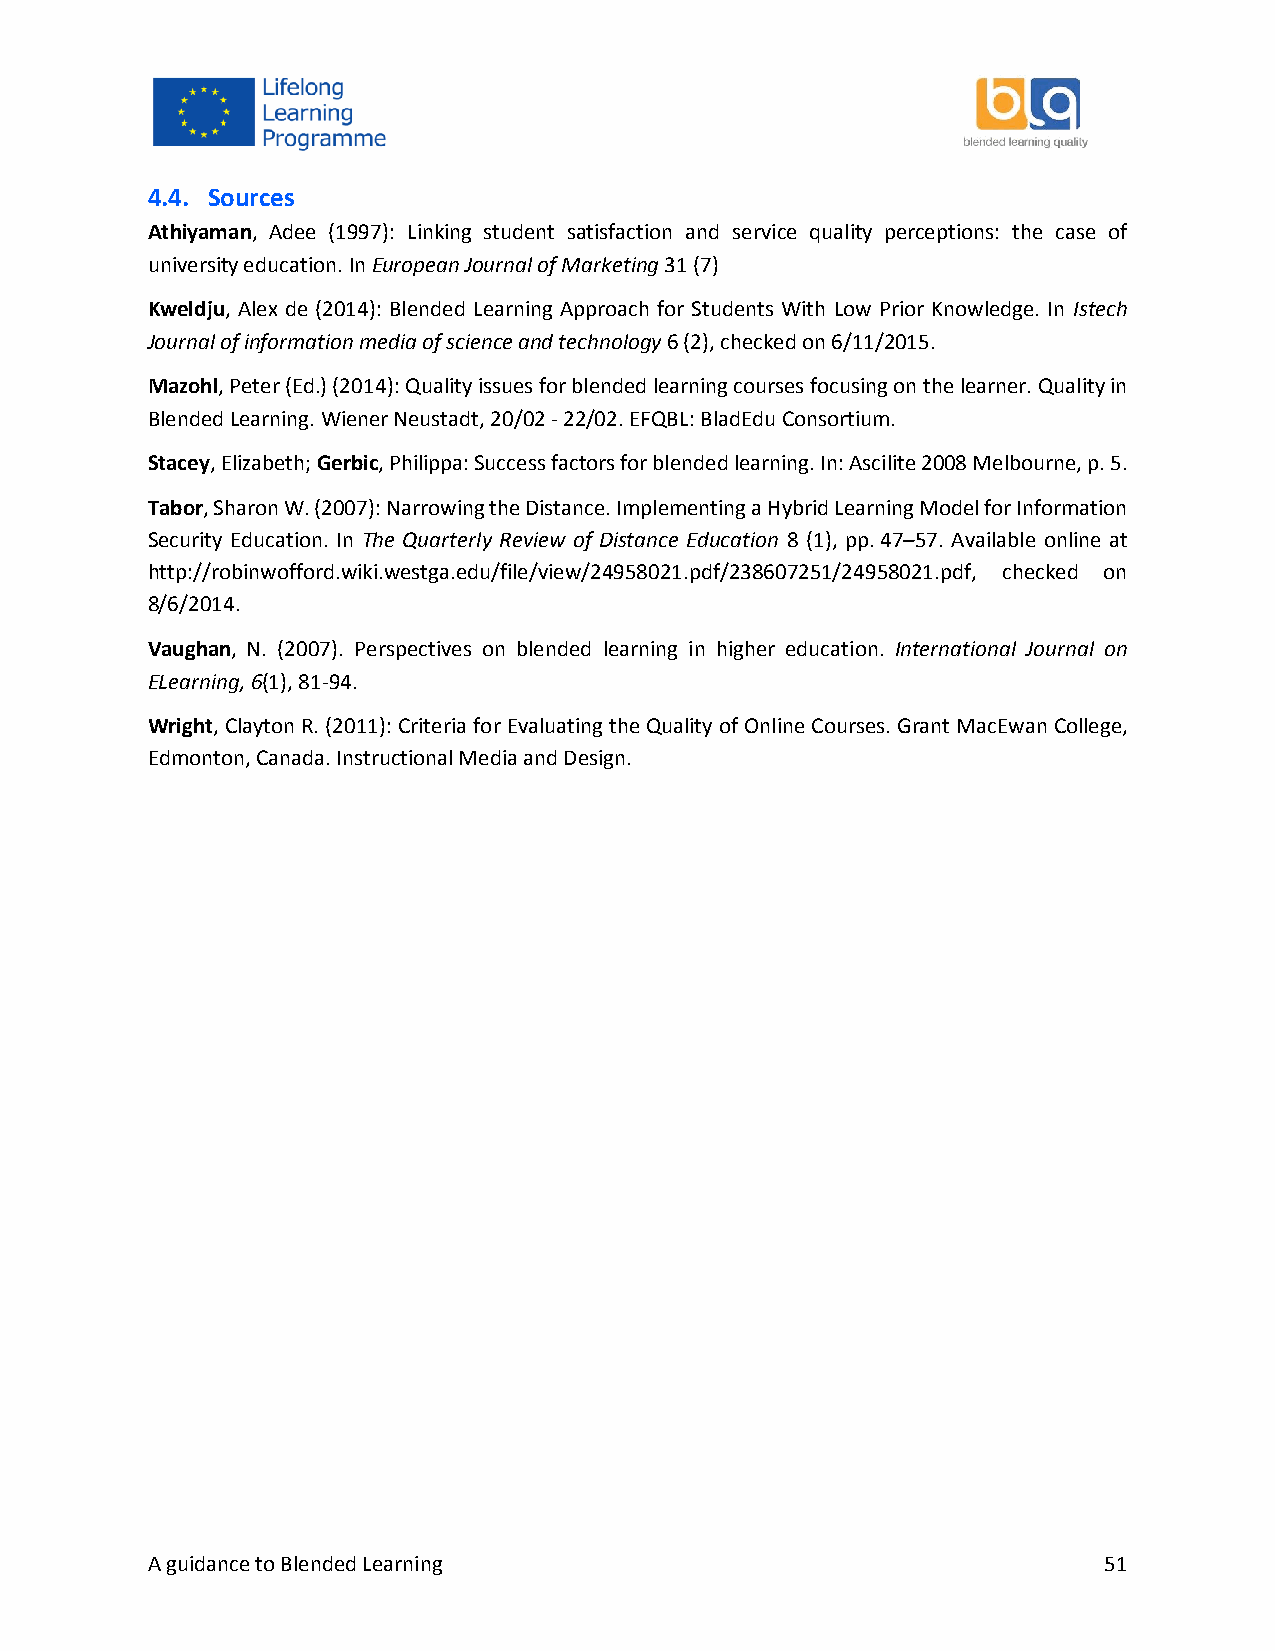
4.4. Sources
 Athiyaman, Adee (1997): Linking student satisfaction and service quality perceptions: the case of
 university education. In European Journal of Marketing 31 (7)
 Kweldju, Alex de (2014): Blended Learning Approach for Students With Low Prior Knowledge. In Istech
 Journal of information media of science and technology 6 (2), checked on 6/11/2015.
 Mazohl, Peter (Ed.) (2014): Quality issues for blended learning courses focusing on the learner. Quality in
 Blended Learning. Wiener Neustadt, 20/02 - 22/02. EFQBL: BladEdu Consortium.
 Stacey, Elizabeth; Gerbic, Philippa: Success factors for blended learning. In: Ascilite 2008 Melbourne, p. 5.
 Tabor, Sharon W. (2007): Narrowing the Distance. Implementing a Hybrid Learning Model for Information
 Security Education. In The Quarterly Review of Distance Education 8 (1), pp. 47–57. Available online at
 http://robinwofford.wiki.westga.edu/file/view/24958021.pdf/238607251/24958021.pdf, checked on
 8/6/2014.
 Vaughan, N. (2007). Perspectives on blended learning in higher education. International Journal on
 ELearning, 6(1), 81-94.
 Wright, Clayton R. (2011): Criteria for Evaluating the Quality of Online Courses. Grant MacEwan College,
 Edmonton, Canada. Instructional Media and Design.
 A guidance to Blended Learning                                 51